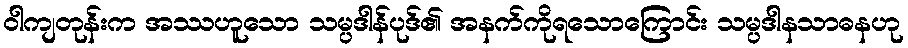
ဝါကျတုန်းက အဿဟူသော သမ္ပဒါန်ပုဒ်၏ အနက်ကိုရသောကြောင်း သမ္ပဒါနသာဓနဟု